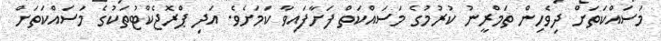
މަސައްކަތަށް ދިވެހިން ތަމްރީނު ކުރުމުގެ މަސައްކަތް ފަށާފައިވާ ކަމަށެވެ. އަދި ޕްރޮޖެކްޓުތަކުގެ މަސައްކަތަށް